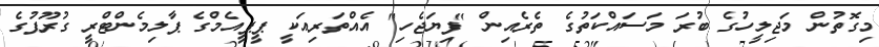
މިގޮތުން މަޖިލީހުގެ ބުރަ މަސައްކަތުގެ ތެރެއިން "ފިޔަޖެހިި" އެއްތަރިއަކީ ޕީޕީއެމްގެ ޕާލިމެންޓްރީ ގުރޫޕުގެ